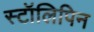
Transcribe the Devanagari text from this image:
स्टॉलिपिन